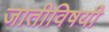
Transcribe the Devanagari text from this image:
जातीविषयी